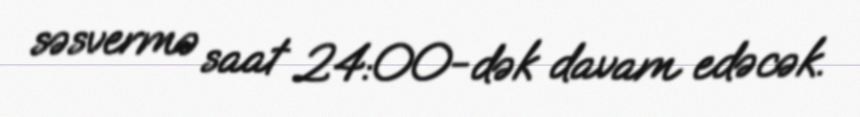
səsvermə saat 24:00-dək davam edəcək.